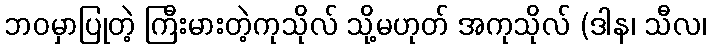
ဘဝမှာပြုတဲ့ ကြီးမားတဲ့ကုသိုလ် သို့မဟုတ် အကုသိုလ် (ဒါန၊ သီလ၊